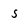
Character: 5